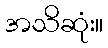
အသိဆုံး။